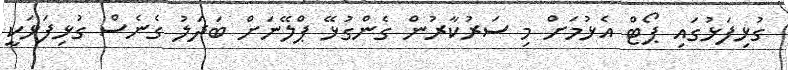
ގުޅިފަޅުގައި ޕޯޓް އެޅުމަށް މި ސަރުކާރުން ގެންގުޅޭ ޕްލޭނަށް ބަދަލު ގެނެސް ގުޅިފަޅަކީ